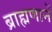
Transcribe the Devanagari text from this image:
ब्राह्मणानें